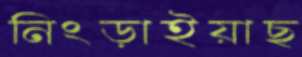
নিংড়াইয়াছ